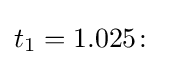
t_{1}=1.025\colon